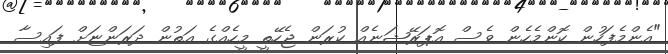
"އެންމެފަހުން ކޮންމެހެން ވެސް އޮޕަރޭޝަނެއް ކުރަން ޖެހޭތީ މީހެއްގެ އަތުން ދަރަންޏަށް ފައިސާ